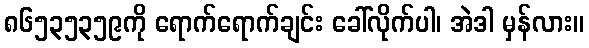
၈၆၅၃၅၃၅၉ကို ရောက်ရောက်ချင်း ခေါ်လိုက်ပါ၊ အဲဒါ မှန်လား။